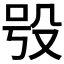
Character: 𣪆